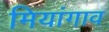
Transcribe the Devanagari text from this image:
मियांगाव